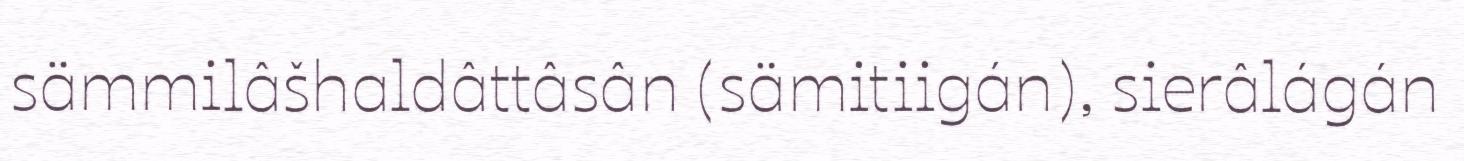
sämmilâšhaldâttâsân (sämitiigán), sierâlágán